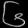
Digit: ၆